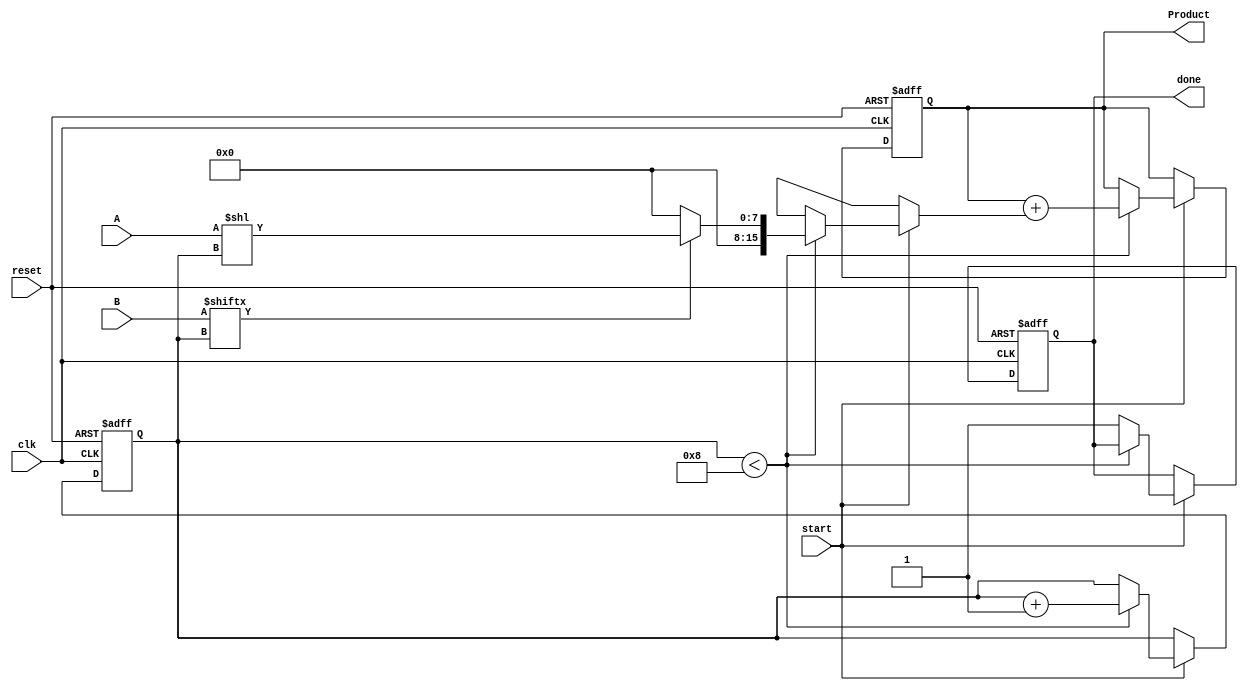
module PartialProductAccumulator #(
    parameter N = 8, // Bit-width of multiplicand A
    parameter M = 8  // Bit-width of multiplier B
)(
    input  wire [N-1:0] A,       // Multiplicand
    input  wire [M-1:0] B,       // Multiplier
    input  wire clk,              // Clock signal
    input  wire reset,            // Asynchronous reset
    input  wire start,            // Start signal
    output reg [N+M-1:0] Product, // Output product
    output reg done               // Done signal
);

    reg [N+M-1:0] partial_product; // Register to hold the current partial product
    reg [3:0] count;                // Counter for the number of bits processed
    reg [N-1:0] shifted_A;          // Shifted version of A for partial product generation

    // Asynchronous reset
    always @(posedge clk or posedge reset) begin
        if (reset) begin
            Product <= 0;
            partial_product <= 0;
            count <= 0;
            done <= 0;
        end else if (start) begin
            // Start accumulating partial products
            if (count < M) begin
                // Generate partial product based on the current bit of B
                shifted_A = A << count; // Shift A based on the current bit position
                if (B[count]) begin
                    partial_product = shifted_A; // Generate partial product
                end else begin
                    partial_product = 0; // No partial product if the bit is 0
                end

                // Accumulate the partial product
                Product <= Product + partial_product;

                // Increment the count
                count <= count + 1;
            end else begin
                // Finished processing all bits of B
                done <= 1; // Set done signal high
            end
        end
    end

endmodule